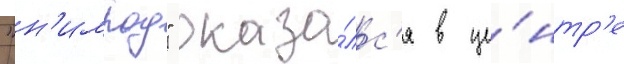
"н'имрод" оказа́лс'я в це́нтр'е